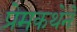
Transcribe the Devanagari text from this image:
प्रेमकथेने